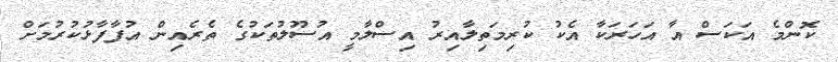
ކޮންމެ އަކަސް އާ އަހަރަކާ އެކު ކުރިމަތިލާއިރު އިސްލާމީ އުސޫލުތަކުގެ ތެރެއިން އުފާފާޅުކުރުމަށް